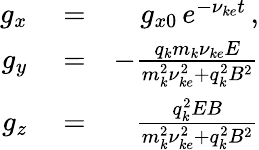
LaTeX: \begin{array}{rlr}{g_{x}}&{{}=}&{g_{x0}\, e^{-\nu_{ke}t}\, ,}\\ {g_{y}}&{{}=}&{-\frac{q_{k}m_{k}\nu_{ke}E}{m_{k}^{2}\nu_{ke}^{2}+q_{k}^{2}B^{2}}}\\ {g_{z}}&{{}=}&{\frac{q_{k}^{2}EB}{m_{k}^{2}\nu_{ke}^{2}+q_{k}^{2}B^{2}}}\end{array}